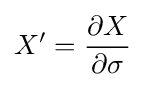
X'={\frac {\partial X}{\partial \sigma }}